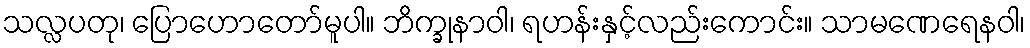
သလ္လပတု၊ ပြောဟောတော်မူပါ။ ဘိက္ခုနာဝါ၊ ရဟန်းနှင့်လည်းကောင်း။ သာမဏေရေနဝါ၊